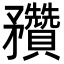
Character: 䂎